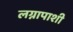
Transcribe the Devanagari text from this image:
लग्नापाशी